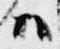
ハ